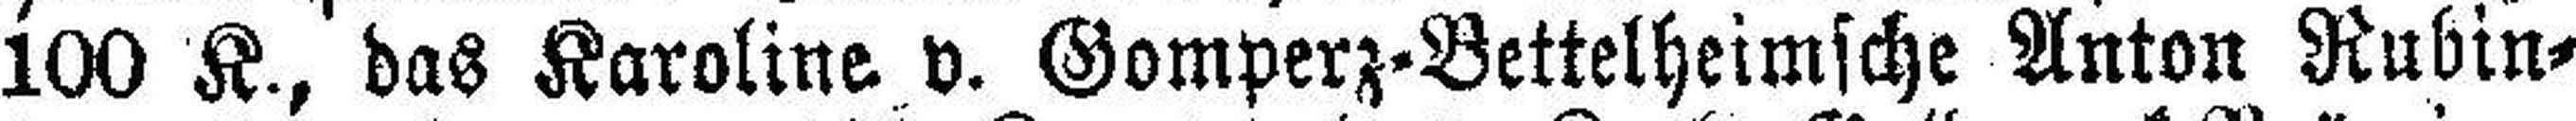
100 K., das Karoline v. Gomperz-Bettelheimsche Anton Rubin¬